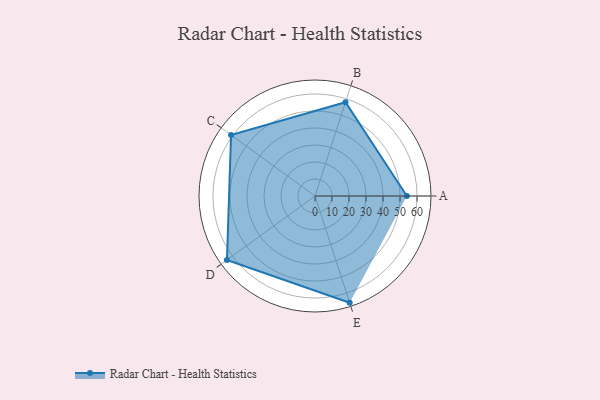
{"axis": {"x": "Skill", "y": "Score"}, "legend": ["Profile"], "data": [{"x": "A", "y": 54.0, "type": "Profile"}, {"x": "B", "y": 58.0, "type": "Profile"}, {"x": "C", "y": 61.0, "type": "Profile"}, {"x": "D", "y": 64.0, "type": "Profile"}, {"x": "E", "y": 66.0, "type": "Profile"}]}